65_HS1-834228961_62-HQ-83894_Serial_220
Agency: FBI
Page 12
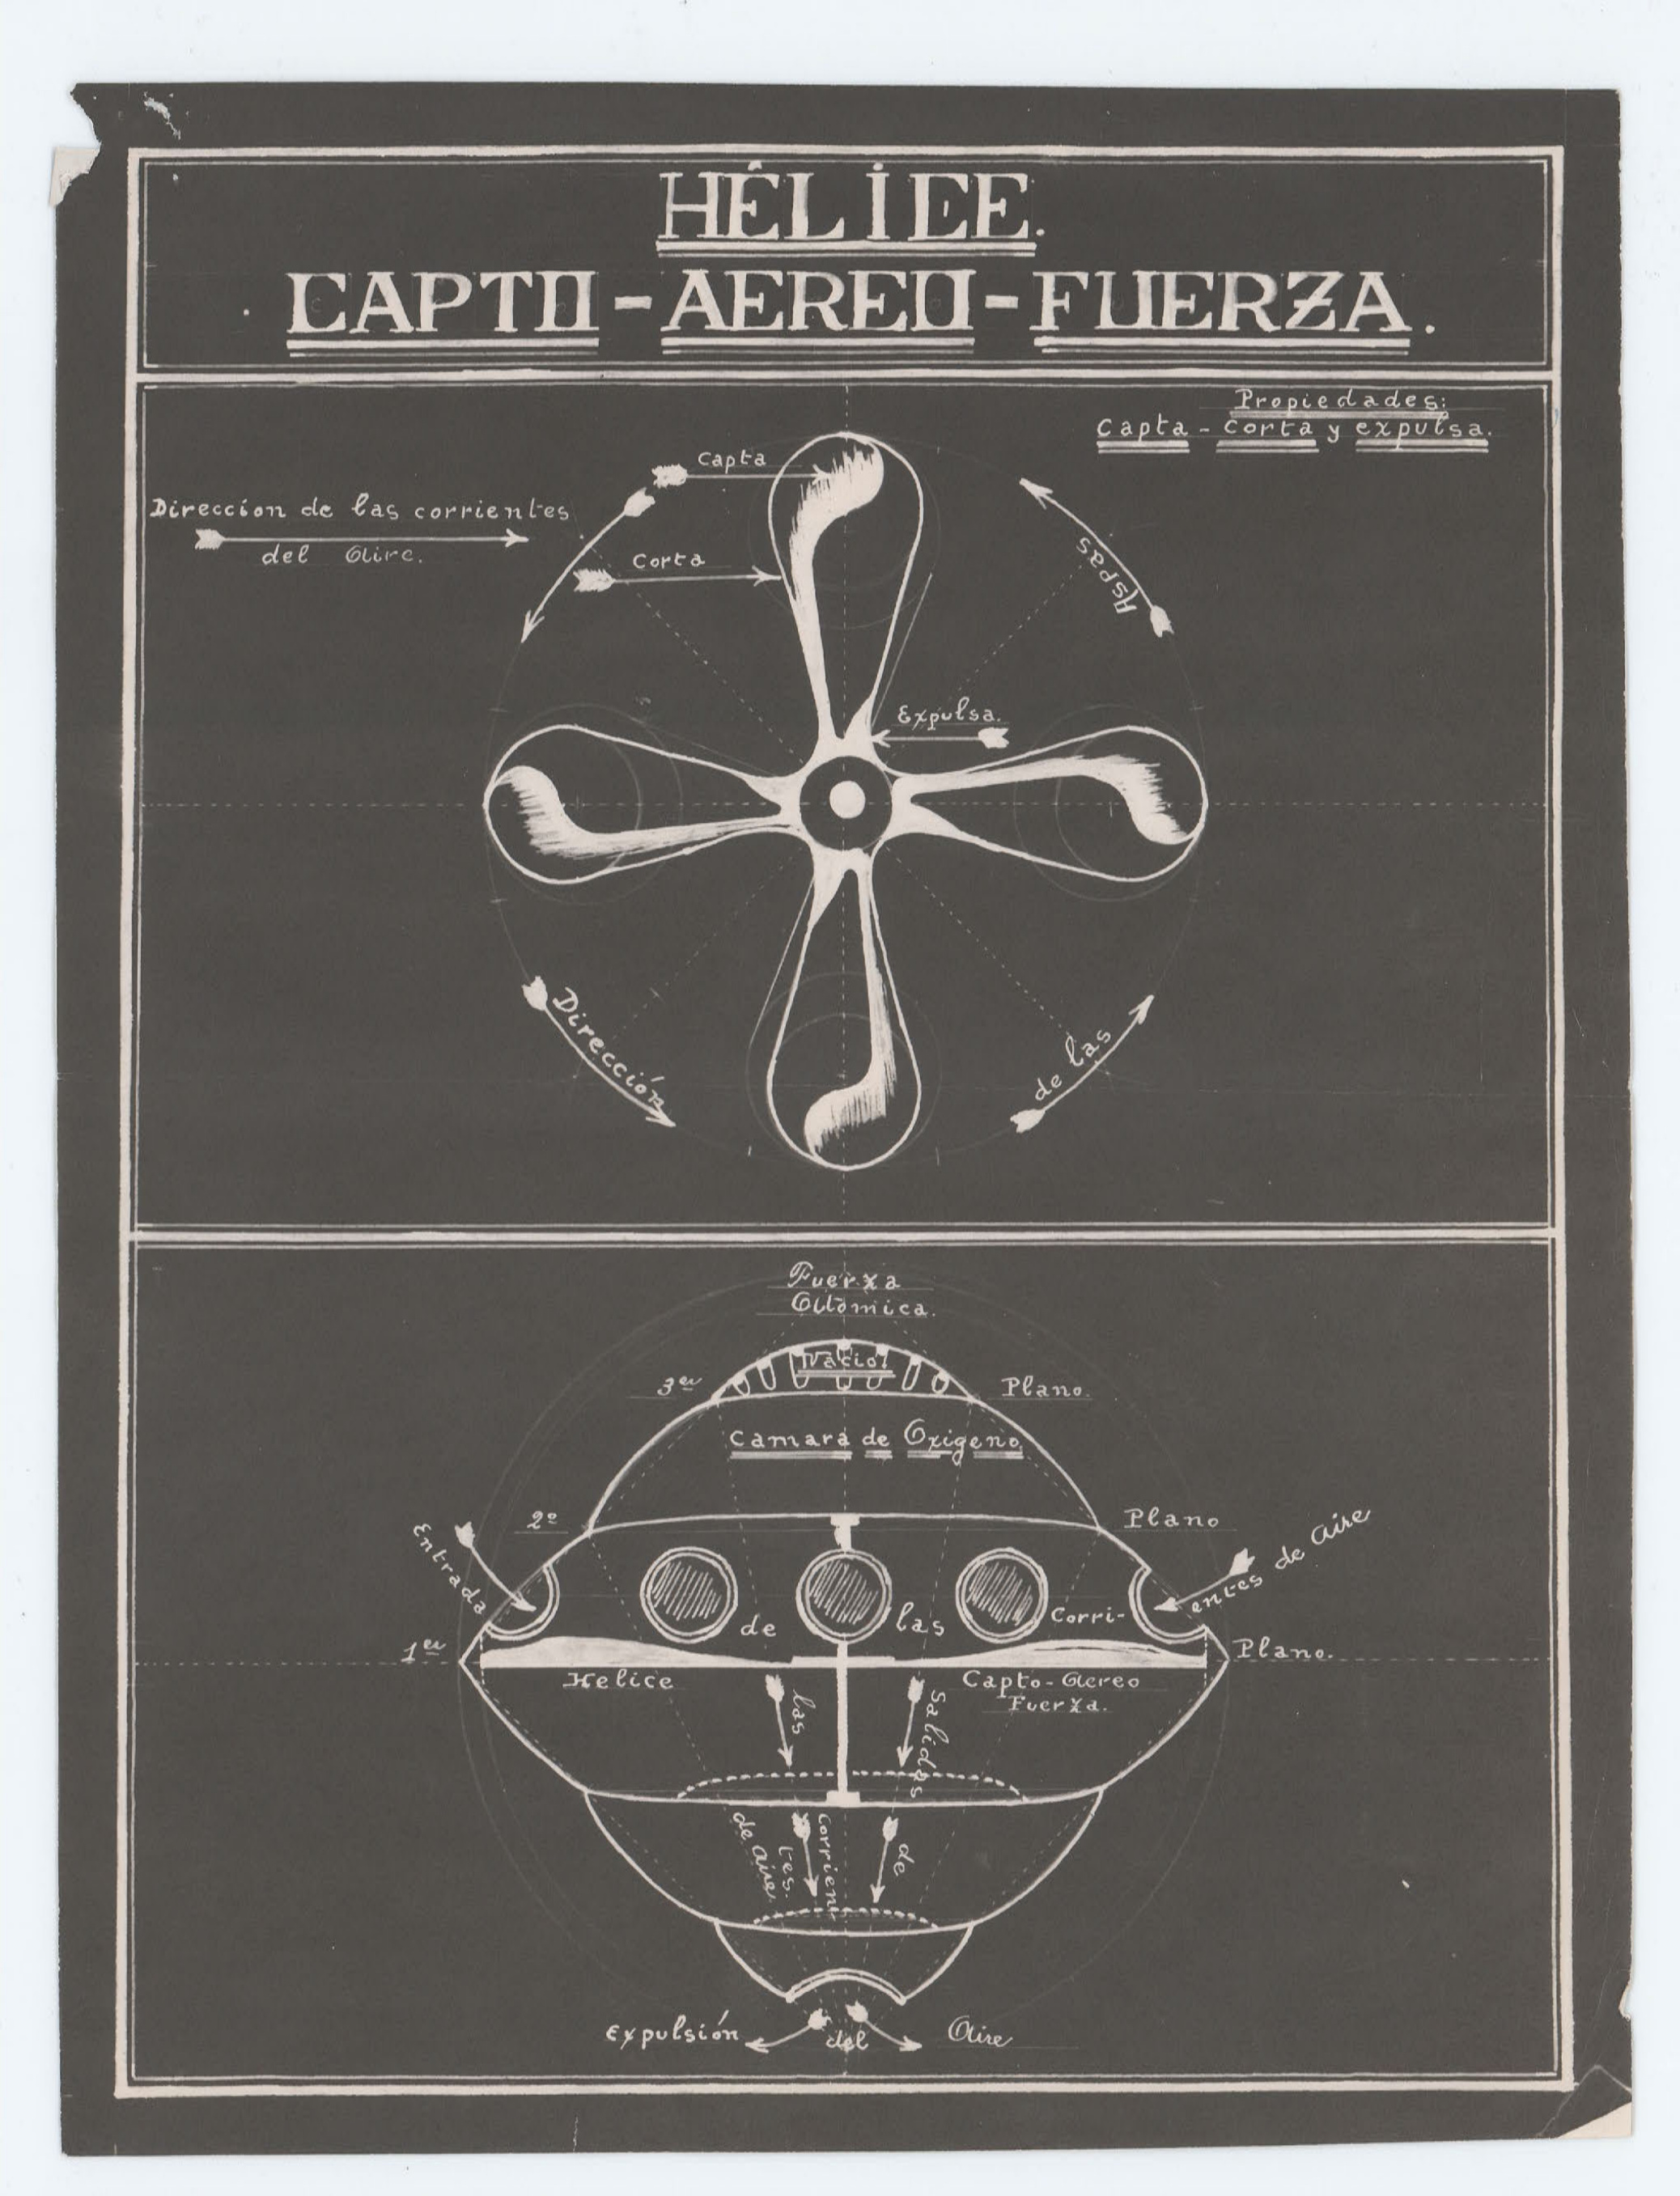